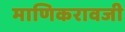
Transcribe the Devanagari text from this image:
माणिकरावजी